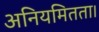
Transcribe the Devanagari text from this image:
अनियमितता।